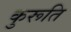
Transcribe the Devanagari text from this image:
कुरूति